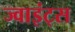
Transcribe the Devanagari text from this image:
ज्वाइंट्स